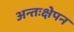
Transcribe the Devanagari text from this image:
अन्तःक्षेपन